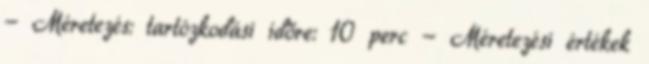
- Méretezés: tartózkodási időre: 10 perc - Méretezési értékek